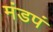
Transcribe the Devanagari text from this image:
मंडपं